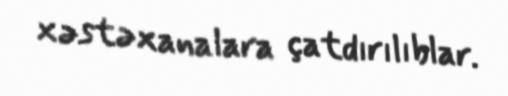
xəstəxanalara çatdırılıblar.